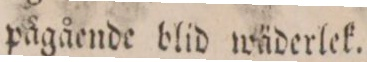
pågående blid wäderlek.